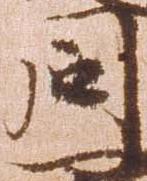
同